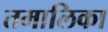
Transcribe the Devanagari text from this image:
तमालिका